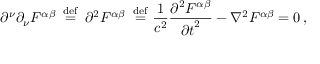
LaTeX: \partial ^ { \nu } \partial _ { \nu } F ^ { \alpha \beta } \, \ { \stackrel { \mathrm { d e f } } { = } } \ \, { \partial } ^ { 2 } F ^ { \alpha \beta } \, \ { \stackrel { \mathrm { d e f } } { = } } \ { \frac { 1 } { c ^ { 2 } } } { \frac { \partial ^ { 2 } F ^ { \alpha \beta } } { { \partial t } ^ { 2 } } } - \nabla ^ { 2 } F ^ { \alpha \beta } = 0 \, ,